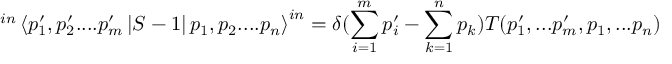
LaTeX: ^ { i n } \left\langle p _ { 1 } ^ { \prime } , p _ { 2 } ^ { \prime } . . . . p _ { m } ^ { \prime } \left| S - 1 \right| p _ { 1 } , p _ { 2 } . . . . p _ { n } \right\rangle ^ { i n } = \delta ( \sum _ { i = 1 } ^ { m } p _ { i } ^ { \prime } - \sum _ { k = 1 } ^ { n } p _ { k } ) T ( p _ { 1 } ^ { \prime } , . . . p _ { m } ^ { \prime } , p _ { 1 } , . . . p _ { n } )